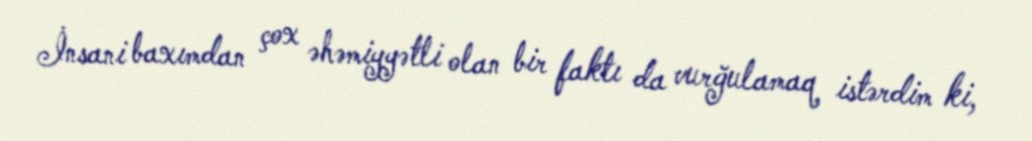
İnsani baxımdan çox əhəmiyyətli olan bir faktı da vurğulamaq istərdim ki,